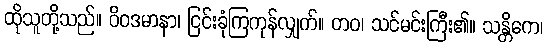
ထိုသူတို့သည်။ ဝိဝဒမာနာ၊ ငြင်းခုံကြကုန်လျှက်။ တဝ၊ သင်မင်းကြီး၏။ သန္တိကေ၊